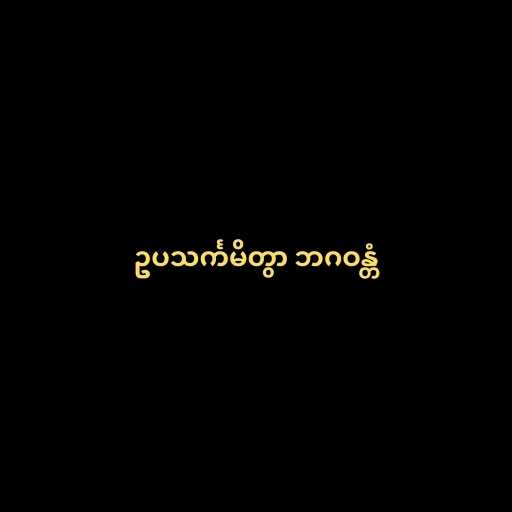
ဥပသင်္ကမိတွာ ဘဂဝန္တံ